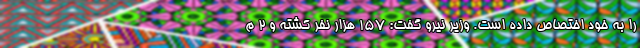
را به خود اختصاص داده است. وزیر نیرو گفت: ۱۵۷ هزار نفر کشته و ۲ م